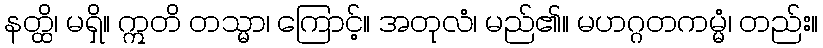
နတ္ထိ၊ မရှိ။ ဣတိ တသ္မာ၊ ကြောင့်။ အတုလံ၊ မည်၏။ မဟဂ္ဂတကမ္မံ၊ တည်း။